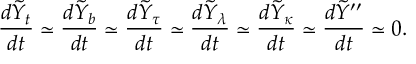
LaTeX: { \frac { d \tilde { Y } _ { t } } { d t } } \simeq { \frac { d \tilde { Y } _ { b } } { d t } } \simeq { \frac { d \tilde { Y } _ { \tau } } { d t } } \simeq { \frac { d \tilde { Y } _ { \lambda } } { d t } } \simeq { \frac { d \tilde { Y } _ { \kappa } } { d t } } \simeq { \frac { d \tilde { Y } ^ { \prime \prime } } { d t } } \simeq 0 .